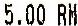
5.00 RM